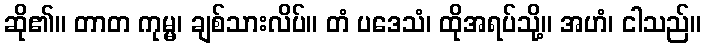
ဆို၏။ တာတ ကုမ္မ၊ ချစ်သားလိပ်။ တံ ပဒေသံ၊ ထိုအရပ်သို့။ အဟံ၊ ငါသည်။